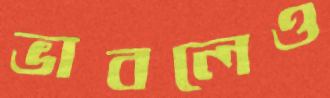
ভাবলেও